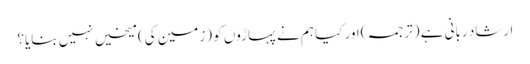
ارشاد ربانی ہے ( ترجمہ )اور کیا ہم نے پہاڑوں کو (زمین کی) میخیں نہیں بنایا؟